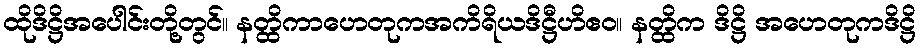
ထိုဒိဋ္ဌိအပေါင်းတို့တွင်။ နတ္ထိကာဟေတုကအကိရိယဒိဋ္ဌီဟိဧဝ။ နတ္ထိက ဒိဋ္ဌိ အဟေတုကဒိဋ္ဌိ